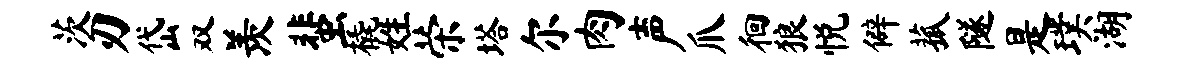
茨刃岱双羡蜚橇姓荣塔尔肉声爪徊狼悦僻菰隧是璞湖